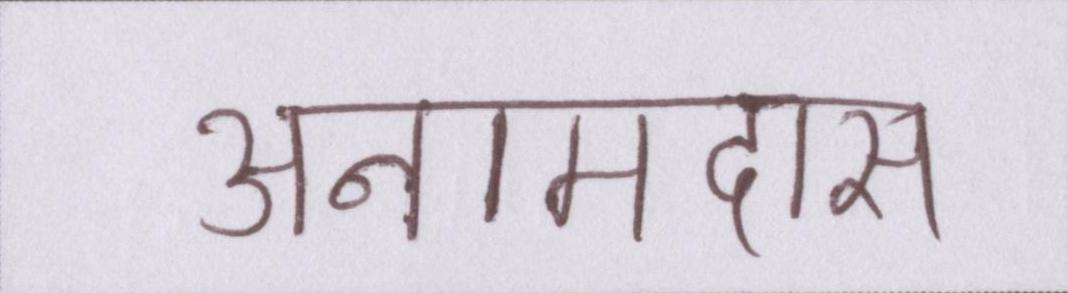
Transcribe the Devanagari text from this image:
अनामदास